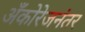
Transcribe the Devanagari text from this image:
अँकोरेजनंतर